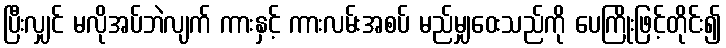
ပြီးလျှင် မလိုအပ်ဘဲလျက် ကားနှင့် ကားလမ်းအစပ် မည်မျှဝေးသည်ကို ပေကြိုးဖြင့်တိုင်း၍